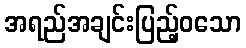
အရည်အချင်းပြည့်ဝသော